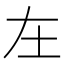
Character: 𡉄